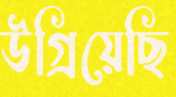
উগ্‌রিয়েছি